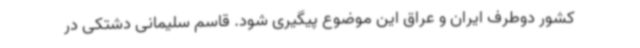
کشور دوطرف ایران و عراق این موضوع پیگیری شود. قاسم سلیمانی دشتکی در